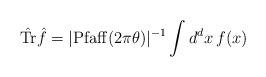
LaTeX: \begin{align*} \hat {\rm Tr} {\hat f} =|{\rm Pfaff}(2\pi\theta )|^{-1} \int d^{d}x \, f(x)\end{align*}